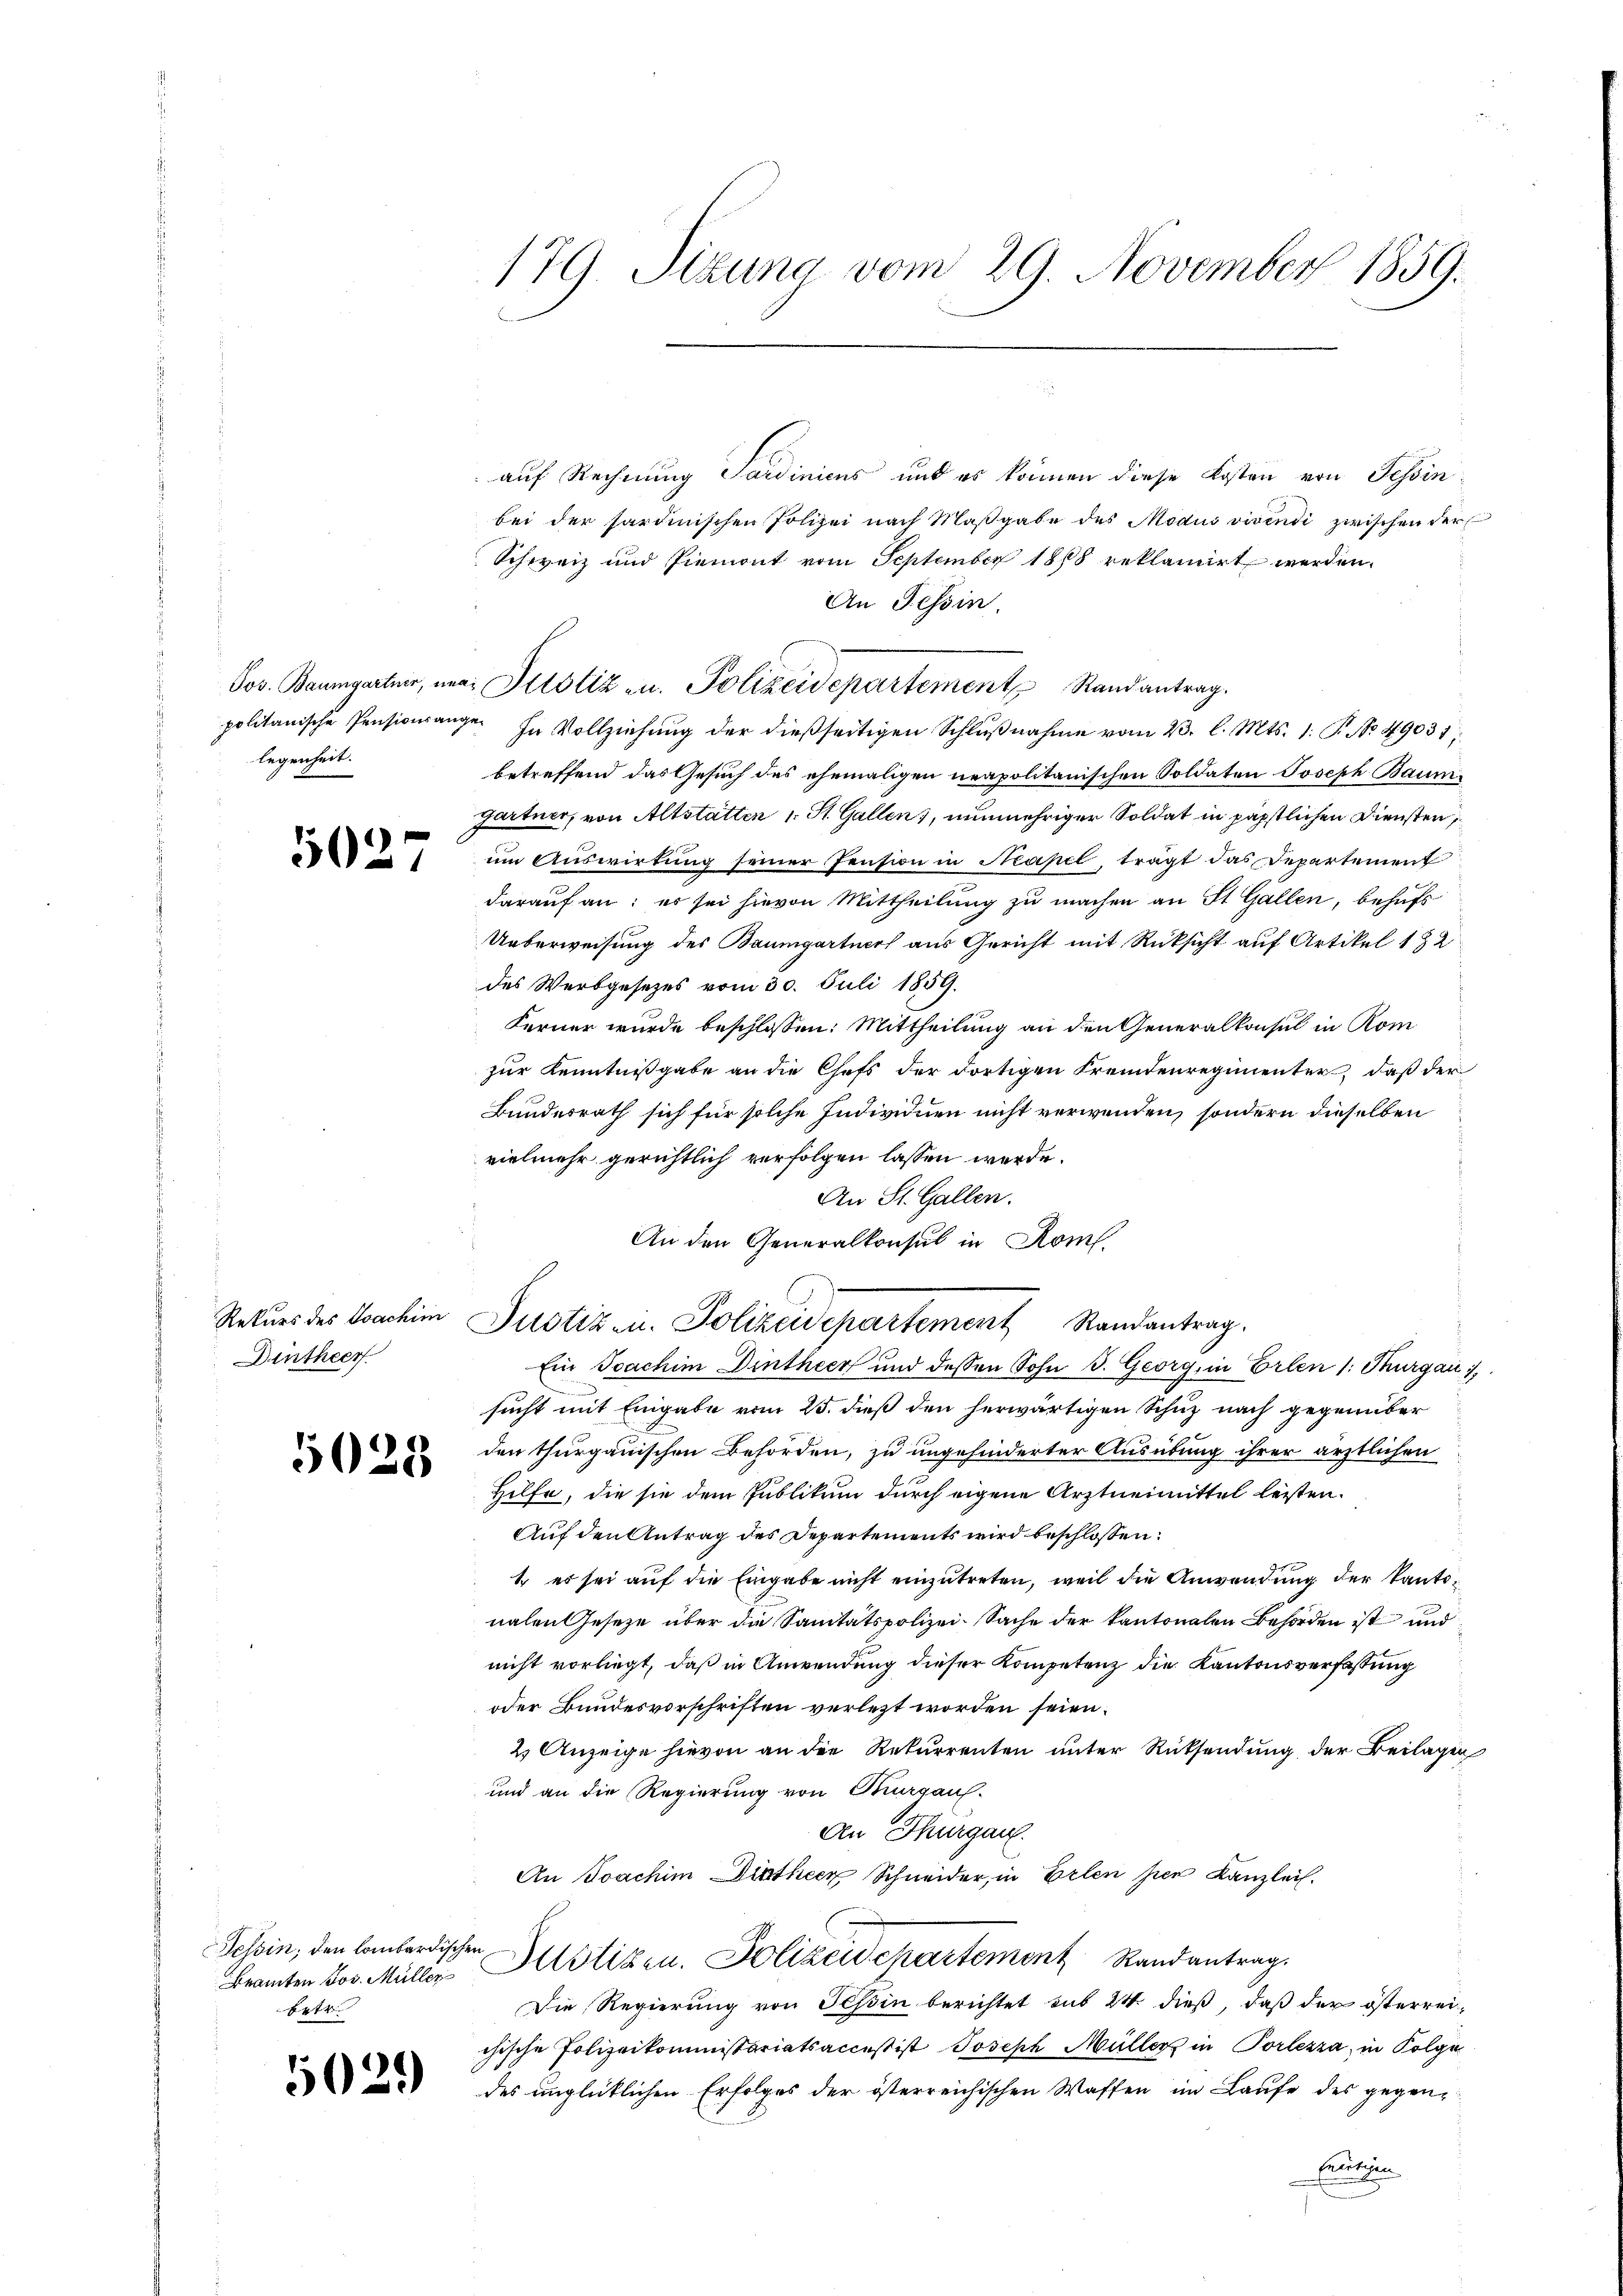
legenheit.

5027

Rekurs des Joachim
Dintheer

5028

essin, den lombardischen
Beamten Jos. Müller
betr.

5029

179. Sizung vom 29. November 1859.

auf Rechnung Sardinicus und es können diese Kosten von Tessin
bei der sardinischen Polizei nach Maβgabe des Modus vivendi zwischen der
Schweiz und Piemont vom September 1868 reklamirt werden.
An Tessin.
Sov. Baumgarter, mai Pilotiz zu. Polizeidepartement Randantrag.
politanische Pensionsange. In Vollziehung der dießseitigen Schlŭβnahme vom 23. l. Mts. 1. P. No. 49031;
betreffend das Gesuch des ehemaligen neapolitanischen Soldaten Joseph Baumi
gartner, von Altstatten 1. St. Gallen, nunmehriger Soldat in päpstlichen Diensten,
um Auswirtung seiner Pension in Neapel, trägt das Departement
darauf an: es sei hievon Mittheilung zu machen an St. Gallen, behufs
Ueberweisung des Baumgartners aus Gericht mit Rücksicht auf Artikel 132
des Werbgesetzes vom 30. Juli 1859.
Ferner wurde beschlossen: Mittheilung an den Generalkonsul in Rom
zur Kenntnißgabe an die Chefs der dortigen Fremdenregimenter, daß der
Bundesrath sich für solche Individuen nicht verwenden, sondern dieselben
vielmehr gerichtlich verfolgen lassen werde.
An St. Gallen.
An den Generalkonsul in Rom.
Justiz- u. Polizeidepartement Randantrag.
Ein Joachim Dintheer und dessen Sohn B. Georg, in Erlen (: Thurgau,
sucht mit Eingabe vom 25. dieß den herwärtigen Schuz nach gegenüber
den thurgauischen Behörden, zu ungehinderter Ausübung ihrer ärztlichen
Hilfe, die sie dem Publikum durch eigene Arztneimittel leisten.
Auf den Antrag des Departements wird beschlossen:
1 er sei auf die Eingabe nicht einzutreten, weil die Anwendung der kantonalen Gesetze über die Sanitätspolizei-Sache der kantonalen Behörden ist und
nicht vorliegt, daß in Anwendung dieser Kompetenz die Kantonsverfassung
oder Bundesvorschriften verletzt worden seien.
2) Anzeige hievon an die Rekurrenten unter Rücksendung der Beilagen
und an die Regierung von Kurgaus¬
An Thurgau.
An Joachim Dintheen Schneider, in Erlen hier Kanzlei.
Justizen. Polizeidepartement Randantrag.
Die Regierung von Schin berichtet sub 24 dieß, daß der österreichische Polizeikommissariatsacceß ist Joseph Müllers in Porlezza in Folge
des unglücklichen Erfolges der österreichischen Waffen im Laufe des gegen-
Enutzun